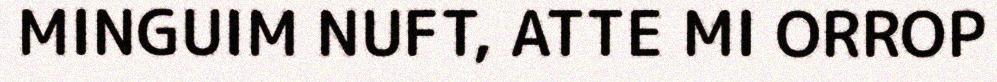
MINGUIM NUFT, ATTE MI ORROP